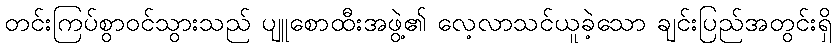
တင်းကြပ်စွာဝင်သွားသည် ပျူစောထီးအဖွဲ့၏ လေ့လာသင်ယူခဲ့သော ချင်းပြည်အတွင်းရှိ